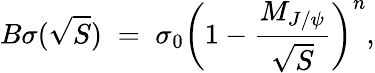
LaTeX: B\sigma(\sqrt S)\; =\; \sigma_{0}\left(1-{\frac{M_{J/\psi}}{\sqrt S}}\right)^{n},